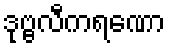
ဒုဗ္ဗလီကရဏော